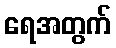
ရေအတွက်